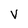
Character: v